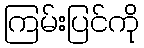
ကြမ်းပြင်ကို